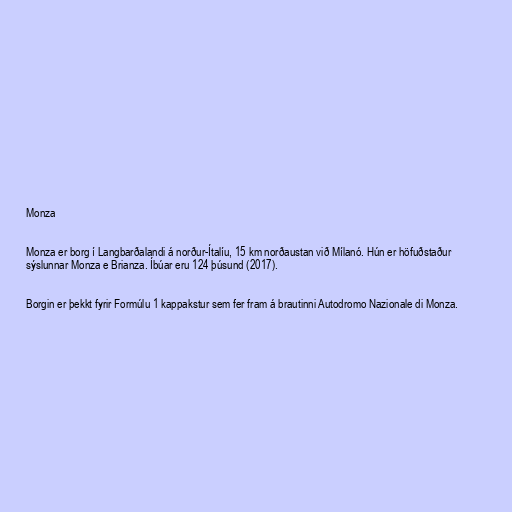
Monza

Monza er borg í Langbarðalandi á norður-Ítalíu, 15 km norðaustan við Mílanó. Hún er höfuðstaður
sýslunnar Monza e Brianza. Íbúar eru 124 þúsund (2017).

Borgin er þekkt fyrir Formúlu 1 kappakstur sem fer fram á brautinni Autodromo Nazionale di Monza.